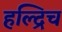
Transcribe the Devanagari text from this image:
हल्द्रिच